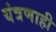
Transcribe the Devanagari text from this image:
यंत्रणाही